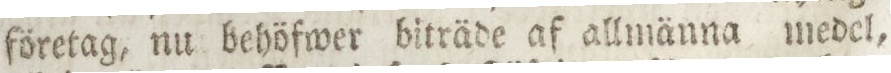
företag, nu behöfwer biträde af allmänna medel,